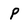
Character: P